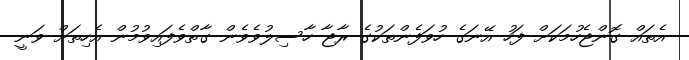
އެތައް ގޮންޖެހުމަކަށް ފަހު އޭނަގެ ހުވަފެންތަކުގެ ރާޖާ ހާސިލުވެވެން ގާތްވެފައިވުމުން އެހިތަށް ވަނީ